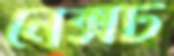
নেক্সট